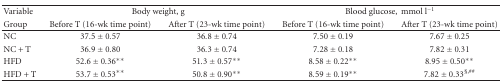
<table><thead><tr><td><b>Variable</b></td><td colspan="2"><b>Body weight, g</b></td><td colspan="2"><b>Blood glucose,mmol l<sup>−1</sup></b></td></tr><tr><td><b>Group</b></td><td><b>Before T (16-wk time point)</b></td><td><b>After T (23-wk time point)</b></td><td><b>Before T (16-wk time point)</b></td><td><b>After T (23-wk time point) </b></td></tr></thead><tbody><tr><td>NC</td><td>37.5 ± 0.57</td><td>36.8 ± 0.74</td><td>7.50 ± 0.19</td><td>7.67 ± 0.25</td></tr><tr><td>NC + T</td><td>36.9 ± 0.80</td><td>36.3 ± 0.74</td><td>7.28 ± 0.18</td><td>7.82 ± 0.31</td></tr><tr><td>HFD</td><td>52.6 ± 0.36**</td><td>51.3 ± 0.57**</td><td>8.58 ± 0.22**</td><td>8.95 ± 0.50**</td></tr><tr><td>HFD + T</td><td>53.7 ± 0.53**</td><td>50.8 ± 0.90**</td><td>8.59 ± 0.19**</td><td>7.82 ± 0.33<sup>§,##</sup></td></tr></tbody></table>